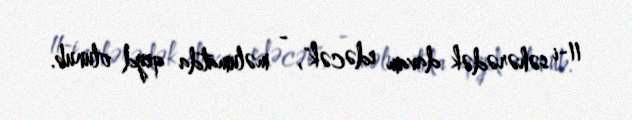
11-i səhərədək davam edəcək", - məlumatda qeyd olunub.